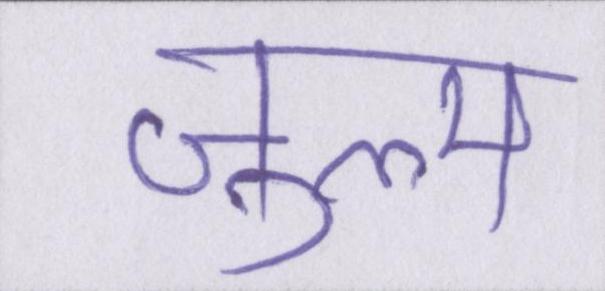
ज़ुल्म